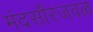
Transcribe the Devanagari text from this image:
मंदसौरजवळ